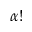
\alpha !